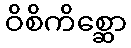
ဝိစိကိစ္ဆော